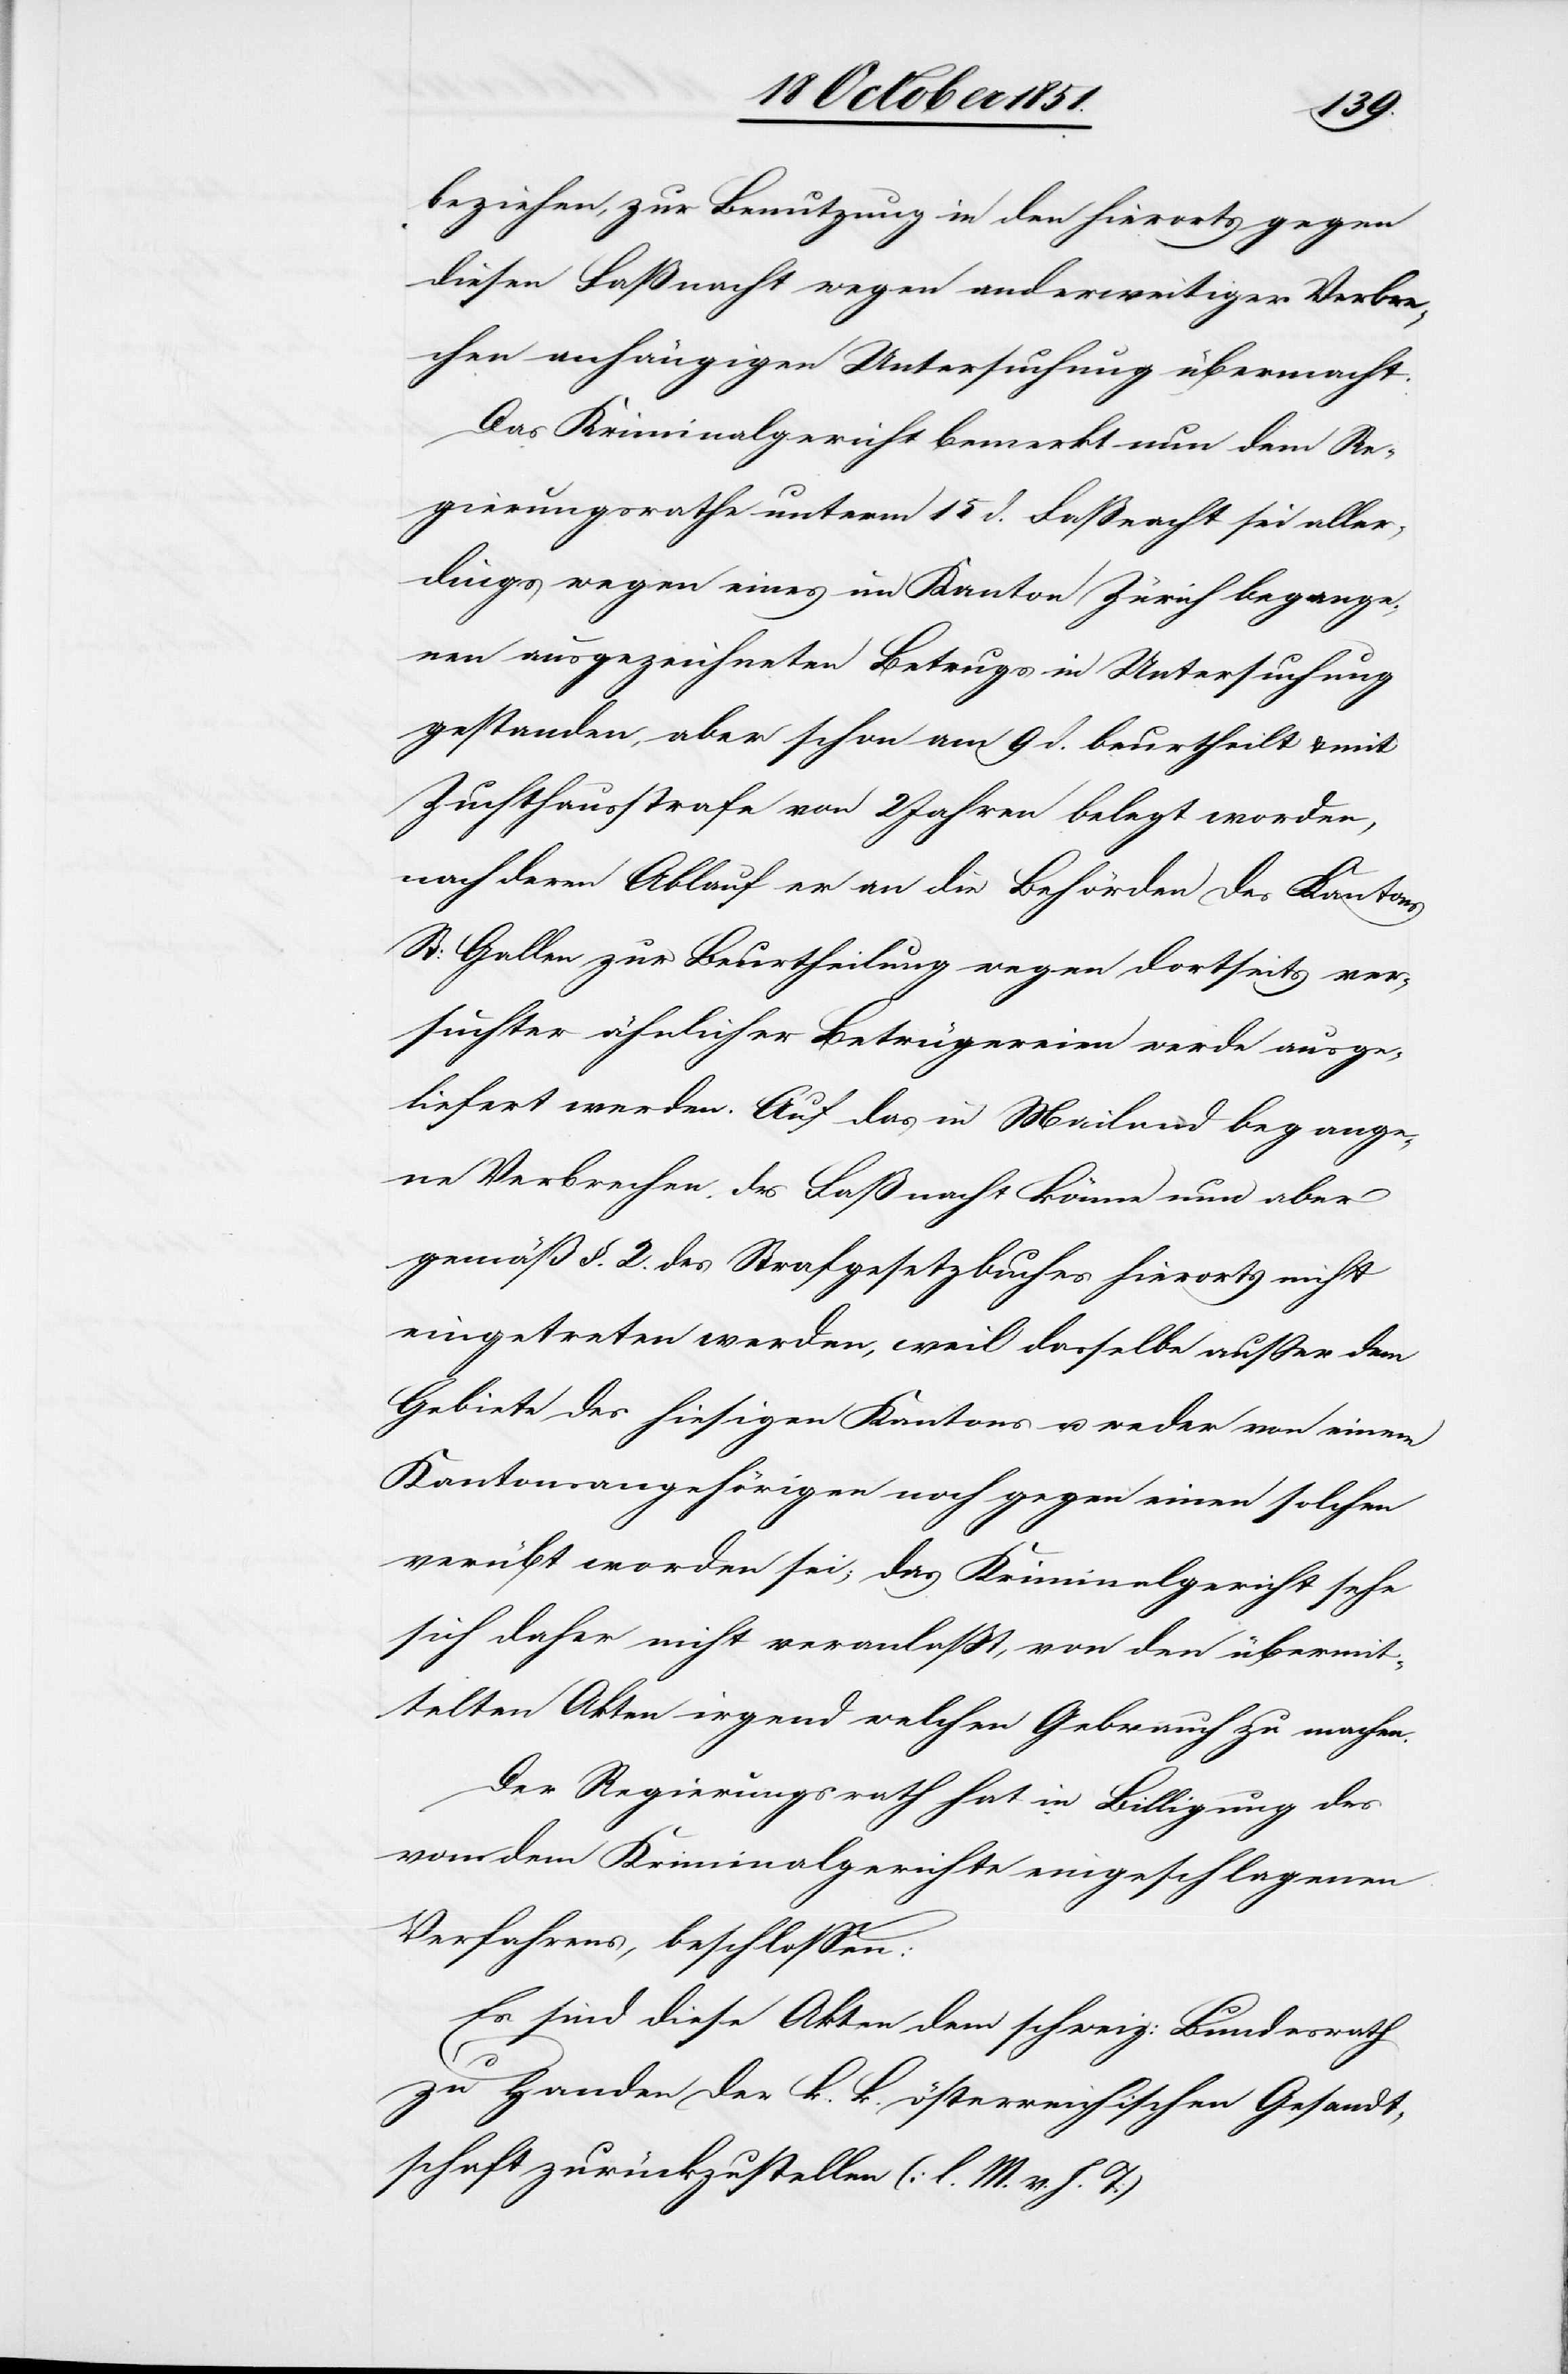
beziehen, zur Benutzung in den hierorts gegen
diesen Faßnacht wegen anderweitiger Verbre¬
chen anhängigen Untersuchung übermacht.
Das Kriminalgericht bemerkt nun dem Re¬
gierungsrathe unterm 15 d. Faßnacht sei aller¬
dings wegen eines im Kanton Zürich begange¬
nen ausgezeichneten Betrugs in Untersuchung
gestanden, aber schon am 9 d. beurtheilt & mit
Zuchthausstrafe von 2 Jahren belegt worden,
nach deren Ablauf er an die Behörden des Kantons
St: Gallen zur Beurtheilung wegen dortseits ver¬
suchter ähnlicher Betrügereien werde ausge¬
liefert werden. Auf das in Mailand begange¬
ne Verbrechen des Faßnacht könne nun aber
gemäß §. 2. des Strafgesetzbuches hierorts nicht
eingetreten werden, weil dasselbe außer dem
Gebiete des hiesigen Kantons u. weder von einem
Kantonsangehörigen noch gegen einen solchen
verübt worden sei; das Kriminalgericht sehe
sich daher nicht veranlaßt, von den übermit¬
telten Akten irgend welchen Gebrauch zu machen.
Der Regierungsrath hat in Billigung des
dem Kriminalgerichte eingeschlagenen
Verfahrens, beschlossen:
Es sind diese Akten dem schweiz: Bundesrath
zu Handen der k. k. österreichischen Gesandt¬
schaft zurückzustellen (l. M. v. h. T.)